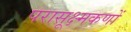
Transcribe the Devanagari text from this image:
परासूक्ष्मकणों